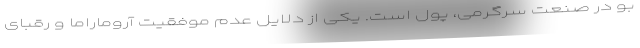
بو در صنعت سرگرمی، پول است. یکی از دلایل عدم موفقیت آروماراما و رقبای